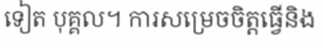
ទៀត បុគ្គល។ ការសម្រេចចិត្តធ្វើនិង